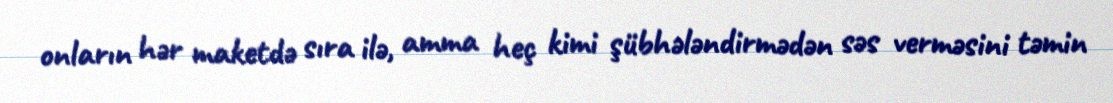
onların hər maketdə sıra ilə, amma heç kimi şübhələndirmədən səs verməsini təmin